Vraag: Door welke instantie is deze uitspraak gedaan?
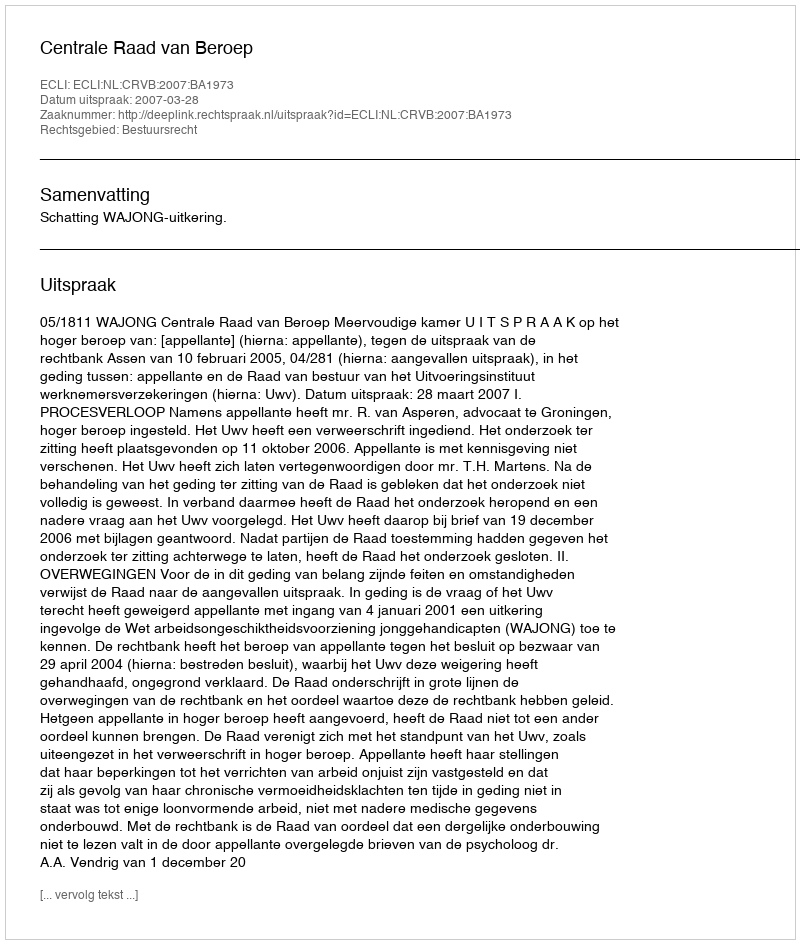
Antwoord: Centrale Raad van Beroep